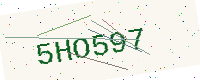
Text: 5HO597